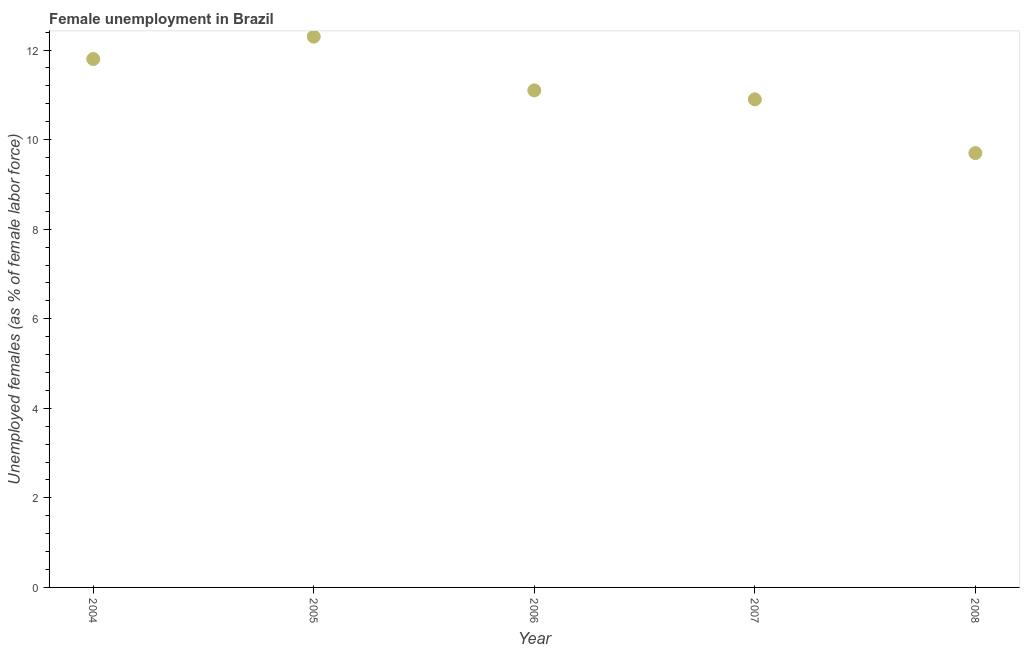
| Year | Unemployment |
 | --- | --- |
 | 2004 | 11.8 |
 | 2005 | 12.3 |
 | 2006 | 11.1 |
 | 2007 | 10.9 |
 | 2008 | 9.7 |